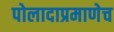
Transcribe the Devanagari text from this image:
पोलादाप्रमाणेच